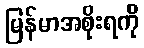
မြန်မာအစိုးရကို